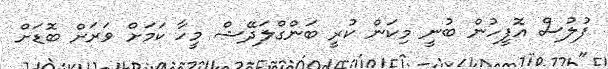
ފުލުސް އޮފީހުން ބުނީ މިކަން ކުރީ ބަންގްލަދޭޝް މީހާ ކަމަށް ވަރަށް ބޮޑަށް